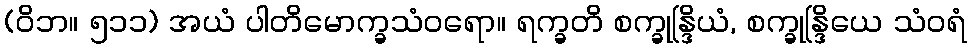
(ဝိဘ။ ၅၁၁) အယံ ပါတိမောက္ခသံဝရော။ ရက္ခတိ စက္ခုန္ဒြိယံ, စက္ခုန္ဒြိယေ သံဝရံ